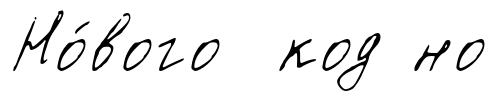
Но́вого код но